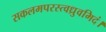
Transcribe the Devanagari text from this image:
सकलमपरस्त्वध्रुवमिदं।